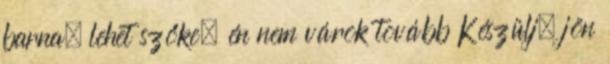
barna, lehet szőke, én nem várok tovább Készülj, jön